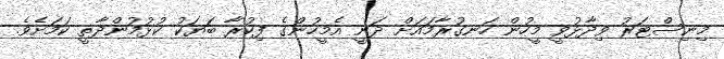
މިނިސްޓަރު ވިދާޅުވީ މީހުން ހަނގުރާމައަށް ދަނީ އެމީހުންގެ ފިކުރާ ބަޔަކު ކުޅުމުންދާތީ ކަމަށެވެ.